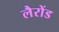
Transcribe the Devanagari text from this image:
लैरोंड